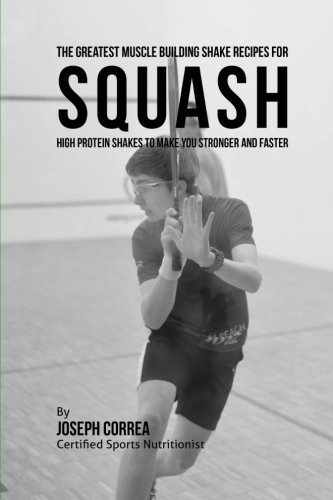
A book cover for The Greatest Muscle Building Shake Recipes for Squash: High Protein Shakes to Make You Stronger and Faster; Joseph Correa (Certified Sports Nutritionist); Sports & Outdoors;